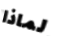
لماذا